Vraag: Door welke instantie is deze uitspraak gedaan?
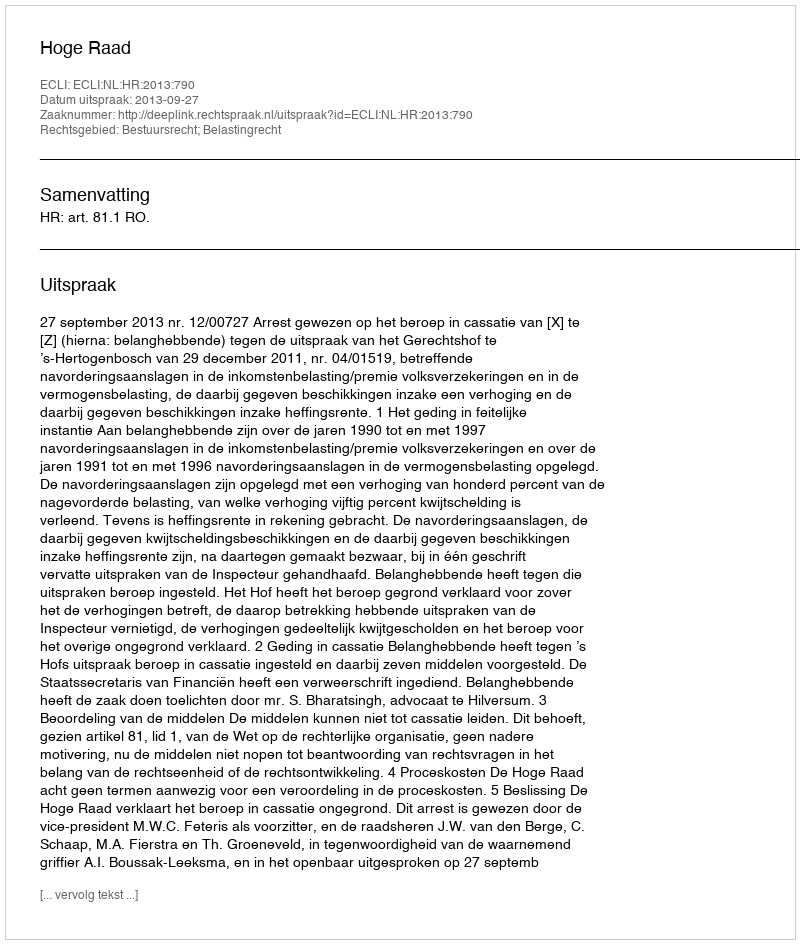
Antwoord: Hoge Raad